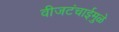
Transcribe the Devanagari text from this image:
वीजटंचाईमुळे